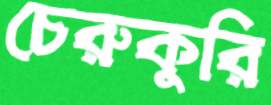
চেরুকুরি